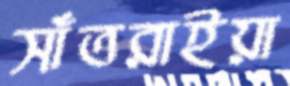
সাঁতরাইয়া